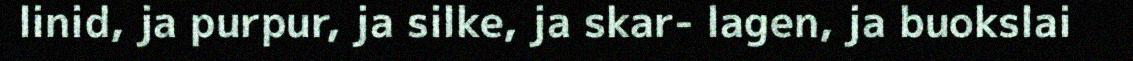
linid, ja purpur, ja silke, ja skar- lagen, ja buokslai